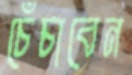
চেঁচাবেন